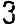
3